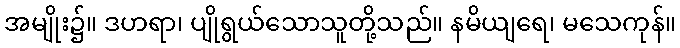
အမျိုး၌။ ဒဟရာ၊ ပျိုရွယ်သောသူတို့သည်။ နမိယျရေ၊ မသေကုန်။